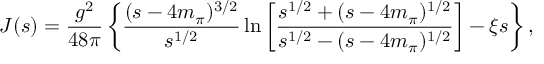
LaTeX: J ( s ) = \frac { g ^ { 2 } } { 4 8 \pi } \left\{ \frac { ( s - 4 m _ { \pi } ) ^ { 3 / 2 } } { s ^ { 1 / 2 } } \ln \left[ \frac { s ^ { 1 / 2 } + ( s - 4 m _ { \pi } ) ^ { 1 / 2 } } { s ^ { 1 / 2 } - ( s - 4 m _ { \pi } ) ^ { 1 / 2 } } \right] - \xi s \right\} ,